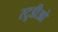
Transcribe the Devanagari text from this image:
स्टूडीओ